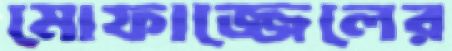
মোফাজ্জেলের